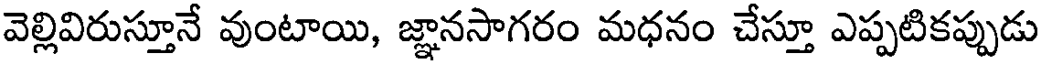
వెల్లివిరుస్తూనే వుంటాయి, జ్ఞానసాగరం మధనం చేస్తూ ఎప్పటికప్పుడు